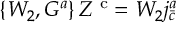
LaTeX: \left\{ { \cal W } _ { 2 } , { \cal G } ^ { a } \right\} Z ^ { \mathrm { \small ~ c } } = { \cal W } _ { 2 } j _ { \bar { c } } ^ { a }